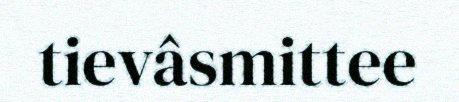
tievâsmittee